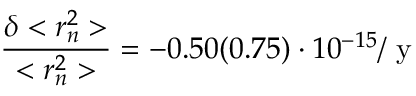
\frac { \delta < r _ { n } ^ { 2 } > } { < r _ { n } ^ { 2 } > } = - 0 . 5 0 ( 0 . 7 5 ) \cdot 1 0 ^ { - 1 5 } / \mathrm { ~ y ~ }